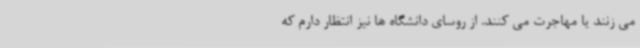
می زنند یا مهاجرت می کنند. از روسای دانشگاه ها نیز انتظار دارم که